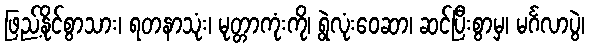
ဖြည့်နိုင်စွာသား၊ ရတနာသုံး၊ မုတ္တာကုံးကို၊ ရွဲလုံးဝေဆာ၊ ဆင်ပြီးစွာမှ၊ မင်္ဂလာပွဲ၊